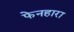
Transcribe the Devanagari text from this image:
फेनहारा